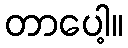
တာပေါ့။